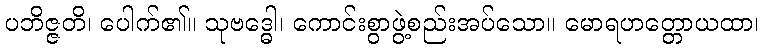
ပဘိဇ္ဇတိ၊ ပေါက်၏။ သုဗဒ္ဓေါ၊ ကောင်းစွာဖွဲ့စည်းအပ်သော။ မောရဟတ္တောယထာ၊